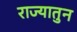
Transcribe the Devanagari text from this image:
राज्यातुन